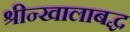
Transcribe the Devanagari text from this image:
श्रीन्खालाबद्ध